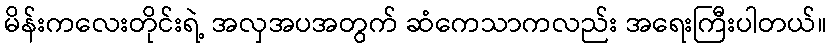
မိန်းကလေးတိုင်းရဲ့ အလှအပအတွက် ဆံကေသာကလည်း အရေးကြီးပါတယ်။